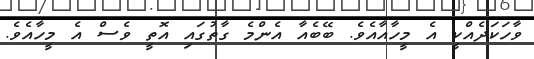
ވާހަކަދެއްކީ އެ މީހާއާއެވެ. ބޭބެއާ އެންމެ ގާތުގައި އޮތީ ވެސް އެ މީހާއެވެ.